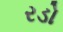
રડો